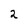
Character: 2